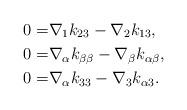
LaTeX: \begin{align*} 0=&\nabla_1 k_{23}-\nabla_2 k_{13},\\ 0=& \nabla_\alpha k_{\beta\beta}-\nabla_\beta k_{\alpha\beta},\\ 0=&\nabla_\alpha k_{33}-\nabla_3k_{\alpha 3}.\end{align*}